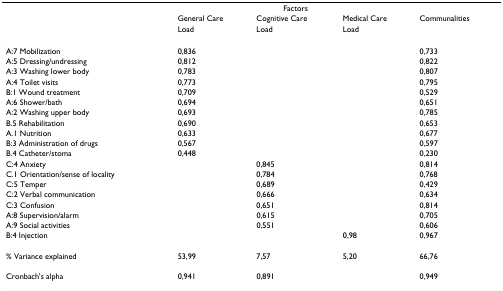
|  |  | Factors |  |  |
 |  | General Care | Cognitive Care | Medical Care | Communalities |
 |  | Load | Load | Load |  |
 | --- | --- | --- | --- | --- |
 | A:7 Mobilization | 0,836 |  |  | 0,733 |
 | A:5 Dressing/undressing | 0,812 |  |  | 0,822 |
 | A:3 Washing lower body | 0,783 |  |  | 0,807 |
 | A:4 Toilet visits | 0,773 |  |  | 0,795 |
 | B:1 Wound treatment | 0,709 |  |  | 0,529 |
 | A:6 Shower/bath | 0,694 |  |  | 0,651 |
 | A:2 Washing upper body | 0,693 |  |  | 0,785 |
 | B.5 Rehabilitation | 0,690 |  |  | 0,653 |
 | A.1 Nutrition | 0,633 |  |  | 0,677 |
 | B:3 Administration of drugs | 0,567 |  |  | 0,597 |
 | B.4 Catheter/stoma | 0,448 |  |  | 0,230 |
 | C:4 Anxiety |  | 0,845 |  | 0,814 |
 | C.1 Orientation/sense of locality |  | 0,784 |  | 0,768 |
 | C:5 Temper |  | 0,689 |  | 0,429 |
 | C:2 Verbal communication |  | 0,666 |  | 0,634 |
 | C:3 Confusion |  | 0,651 |  | 0,814 |
 | A:8 Supervision/alarm |  | 0,615 |  | 0,705 |
 | A:9 Social activities |  | 0,551 |  | 0,606 |
 | B:4 Injection |  |  | 0,98 | 0,967 |
 | % Variance explained | 53,99 | 7,57 | 5,20 | 66,76 |
 | Cronbach's alpha | 0,941 | 0,891 |  | 0,949 |